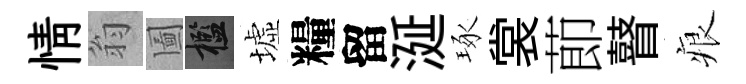
情翁圗檻墟糧留涎琢裳莭瞽痕